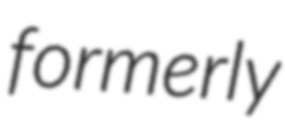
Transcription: formerly